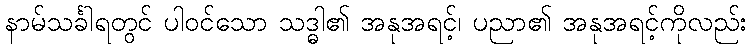
နာမ်သင်္ခါရတွင် ပါဝင်သော သဒ္ဓါ၏ အနုအရင့်၊ ပညာ၏ အနုအရင့်ကိုလည်း